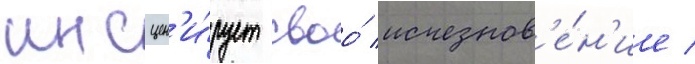
инсцен'и́рует своо́ исчезнов'е́н'ие /